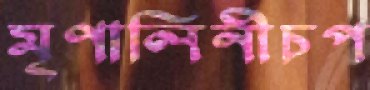
মৃণালিনীচপ